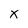
Character: X